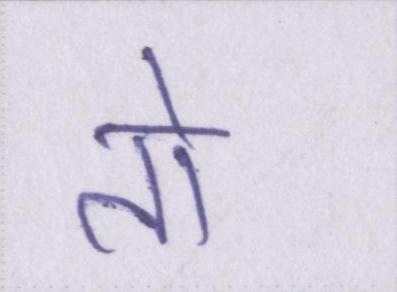
तो